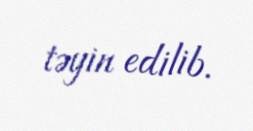
təyin edilib.